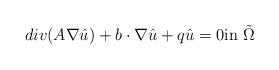
LaTeX: \begin{align*} div(A \nabla \hat{u})+b\cdot\nabla\hat{u}+q\hat{u}=0 \mbox{in} \ \tilde{\Omega} \end{align*}